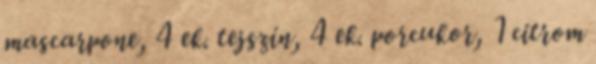
mascarpone, 4 ek. tejszín, 4 ek. porcukor, 1 citrom